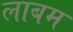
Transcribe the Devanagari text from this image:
लाबम